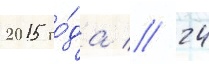
2015 го́да // 24